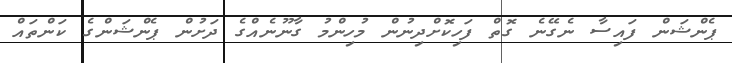
ޕެންޝަން ފައިސާ ނެގޭނެ ގޮތް ފަހިކޮށްދިނުން މުހިންމު ގާނޫނެއްގެ ދަށުން ޕެންޝަންގެ ކަންތައް